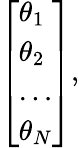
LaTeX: {\left[\begin{array}{l}{\theta_{1}}\\ {\theta_{2}}\\ {\dots}\\ {\theta_{N}}\end{array}\right]},